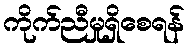
ကိုက်ညီမှုရှိစေရန်